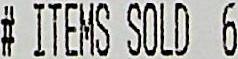
# ITEMS SOLD 6